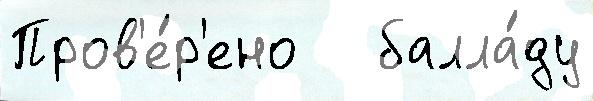
Пров'е́р'ено   балла́ду